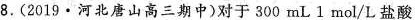
8.(2019·河北唐山高三期中)对于300mL 1mol/L盐酸